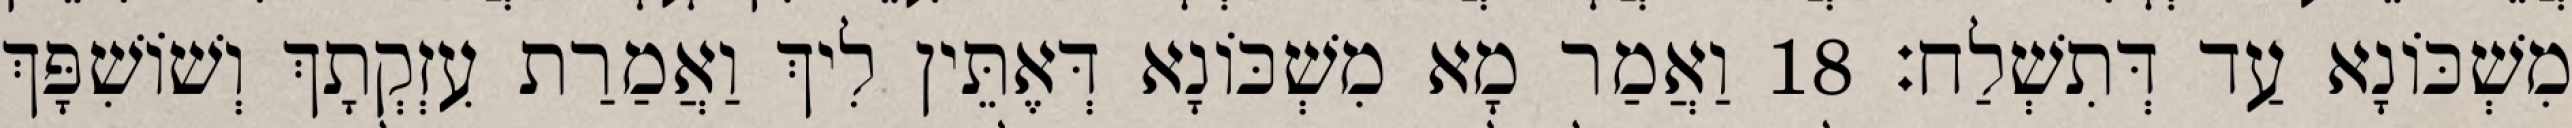
מִשְׁכּוֹנָא עַד דְּתִשְׁלַח׃ 18 וַאֲמַר מָא מִשְׁכּוֹנָא דְּאֶתֵּין לִיךְ וַאֲמַרַת עִזְקְתָךְ וְשׁוֹשִׁפָּךְ